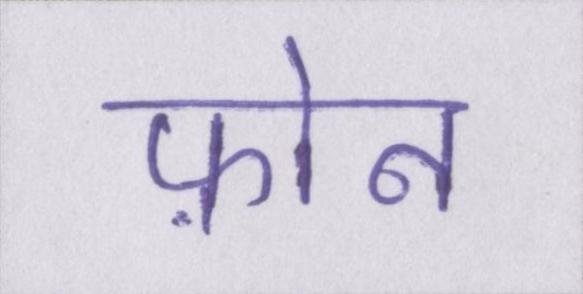
फ़ोन